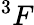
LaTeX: ^3F